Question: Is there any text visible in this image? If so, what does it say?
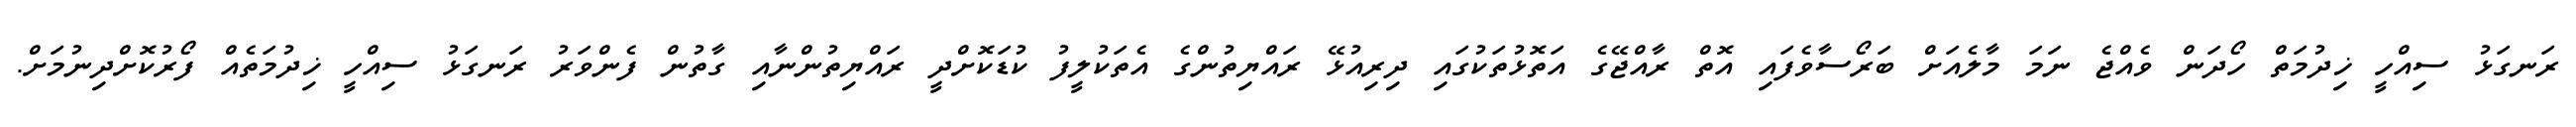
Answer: ރަނގަޅު ސިއްހީ ޚިދުމަތް ހޯދަން ވެއްޖެ ނަމަ މާލެއަށް ބަރޯސާވެފައި އޮތް ރާއްޖޭގެ އަތޮޅުތަކުގައި ދިރިއުޅޭ ރައްޔިތުންގެ އެތަކުލީފު ކުޑަކޮށްދީ ރައްޔިތުންނާއި ގާތުން ފެންވަރު ރަނގަޅު ސިއްހީ ޚިދުމަތެއް ފޯރުކޮށްދިނުމަށް.